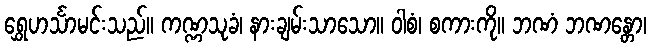
ရွှေဟင်္သာမင်းသည်။ ကဏ္ဏသုခံ၊ နားချမ်းသာသော။ ဝါစံ၊ စကားကို။ ဘဏံ ဘဏန္တော၊